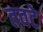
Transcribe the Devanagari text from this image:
तवटे